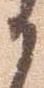
か